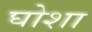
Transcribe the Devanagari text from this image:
घोशा